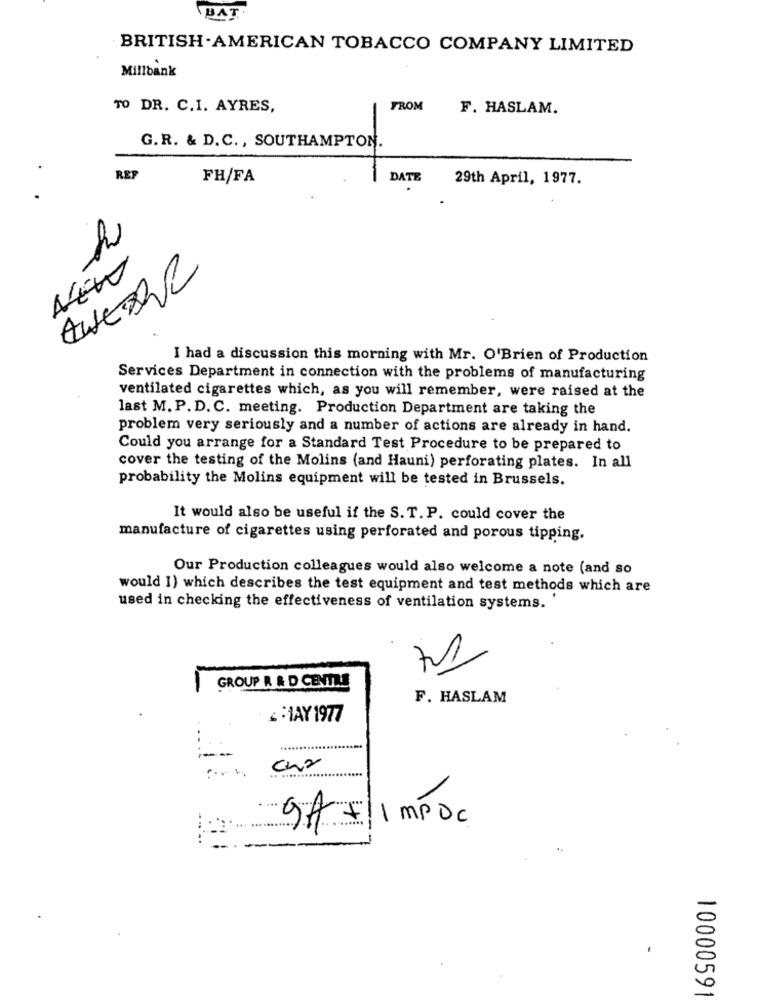
BAT
BRITISH AMERICAN TOBACCO COMPANY LIMITED
Millbank
TO DR. C.I. AYRES,
FROM
F. HASLAM.
G.R. & D.C ., SOUTHAMPTON.
REF
FH/FA
DATE
29th April, 1977.
NEW
I had a discussion this morning with Mr. O'Brien of Production
Services Department in connection with the problems of manufacturing
ventilated cigarettes which, as you will remember, were raised at the
last M. P.D. C. meeting. Production Department are taking the
problem very seriously and a number of actions are already in hand.
Could you arrange for a Standard Test Procedure to be prepared to
cover the testing of the Molins (and Hauni) perforating plates. In all
probability the Molins equipment will be tested in Brussels.
It would also be useful if the S. T. P. could cover the
manufacture of cigarettes using perforated and porous tipping.
Our Production colleagues would also welcome a note (and so
would I) which describes the test equipment and test methods which are
used in checking the effectiveness of ventilation systems.
GROUP R & D CENTRE
F. HASLAM
&1AY 1977
cha
9A +/1 mPOC
10000591